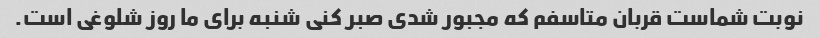
نوبت شماست قربان متاسفم که مجبور شدی صبر کنی شنبه برای ما روز شلوغی است.